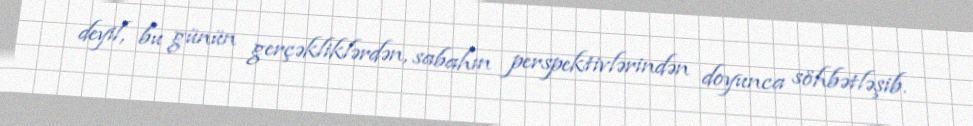
deyil, bu günün gerçəkliklərdən, sabahın perspektivlərindən doyunca söhbətləşib.